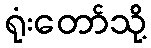
ရုံးတော်သို့